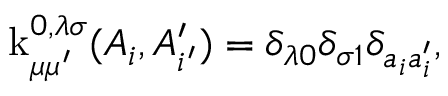
\operatorname { k } _ { \mu \mu ^ { \prime } } ^ { 0 , \lambda \sigma } ( A _ { i } , A _ { i ^ { \prime } } ^ { \prime } ) = \delta _ { \lambda 0 } \delta _ { \sigma 1 } \delta _ { a _ { i } a _ { i } ^ { \prime } } ,